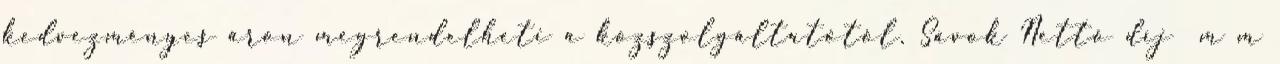
kedvezményes áron megrendelheti a közszolgáltatótól. Sávok Nettó díj m m